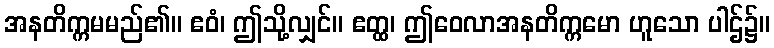
အနတိက္ကမမည်၏။ ဧဝံ၊ ဤသို့လျှင်။ ဧတ္ထ၊ ဤဝေလာအနတိက္ကမော ဟူသော ပါဌ်၌။